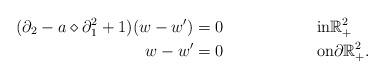
LaTeX: \begin{align*}(\partial_2 - a \diamond \partial_1^2 + 1) (w - w^{\prime}) & = 0 && \textrm{in} \mathbb{R}^2_+\\w - w^{\prime}& = 0 && \textrm{on} \partial \mathbb{R}^2_+.\end{align*}